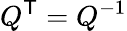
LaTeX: Q^{\textsf{T}}=Q^{-1}